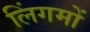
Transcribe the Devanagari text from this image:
लिंगमों